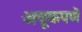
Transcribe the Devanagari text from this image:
अचूकपणॆ